Enquiry on enteric fever in India - Number 32
Disease focus: Fever
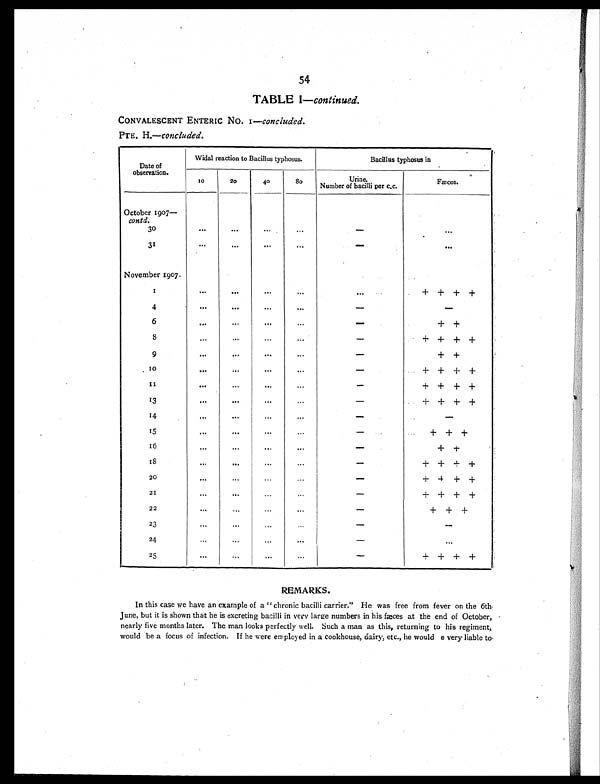
54
TABLE I —continued.
CONVALESCENT ENTERIC No. 1— concluded.
PTE. H.— concluded.
Date of
observation.
Widal reaction to Bacillus typhosus.
Bacillus typhosus in
10
20
40
80
Urine.
Number of bacilli per c.c.
Fæces.
October 1907—
contd.
30
. . .
. . .
. . .
. . .
-
. . .
31
. . .
. . .
. . .
. . .
-
. . .
November 1907.
1
. . .
. . .
. . .
. . . .
. . . .
+ + + +
4
. . .
. . .
. . .
...
-
-
6
. . .
. . .
. . .
. . .
-
+ +
8
. . .
...
...
...
-
+ + + +
9
. . .
. . .
. . .
. . .
-
+ +
1 0
...
. . .
. . .
...
-
+ + + +
1 1
. . .
. . .
. . .
. . . .
-
+ + + +
13
. . .
. . .
. . .
. . . .
-
+ + + +
14
. . .
. . .
. . .
...
-
-
1 5
. . .
. . .
. . .
. . .
-
+ + +
1 6
. . .
...
. . .
. . .
-
+ +
18
. . .
. . .
...
. . .
-
+ + + +
20
. . .
...
. . .
. . .
-
+ + + +
21
...
. . .
. . .
. . .
_
+ + + +
22
. . .
. . .
...
...
-
+ + +
23
. . .
. . .
. . .
. . .
-
-
24
. . .
. . .
. . .
. . .
-
. . .
25
. . .
. . .
. . . .
. . .
-
+ + + +
REMARKS.
In this case we have an example of a "chronic bacilli carrier." He was free from fever on the 6th
June, but it is shown that he is excreting bacilli in very large numbers in his fæces at the end of October,
nearly five months later. The man looks perfectly well. Such a man as this, returning to his regiment,
would be a focus of infection. If he were employed in a cookhouse, dairy, etc., he would e very liable to